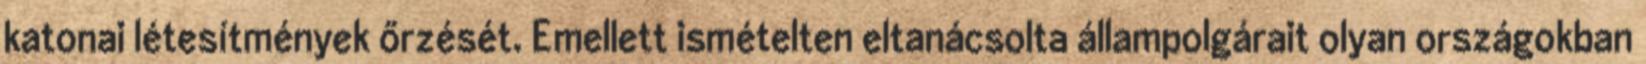
katonai létesítmények őrzését. Emellett ismételten eltanácsolta állampolgárait olyan országokban